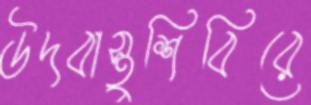
উদবাস্তুশিবিরে